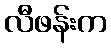
လီဖန်းက